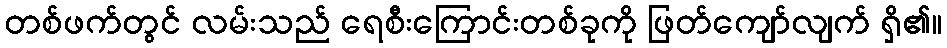
တစ်ဖက်တွင် လမ်းသည် ရေစီးကြောင်းတစ်ခုကို ဖြတ်ကျော်လျက် ရှိ၏။